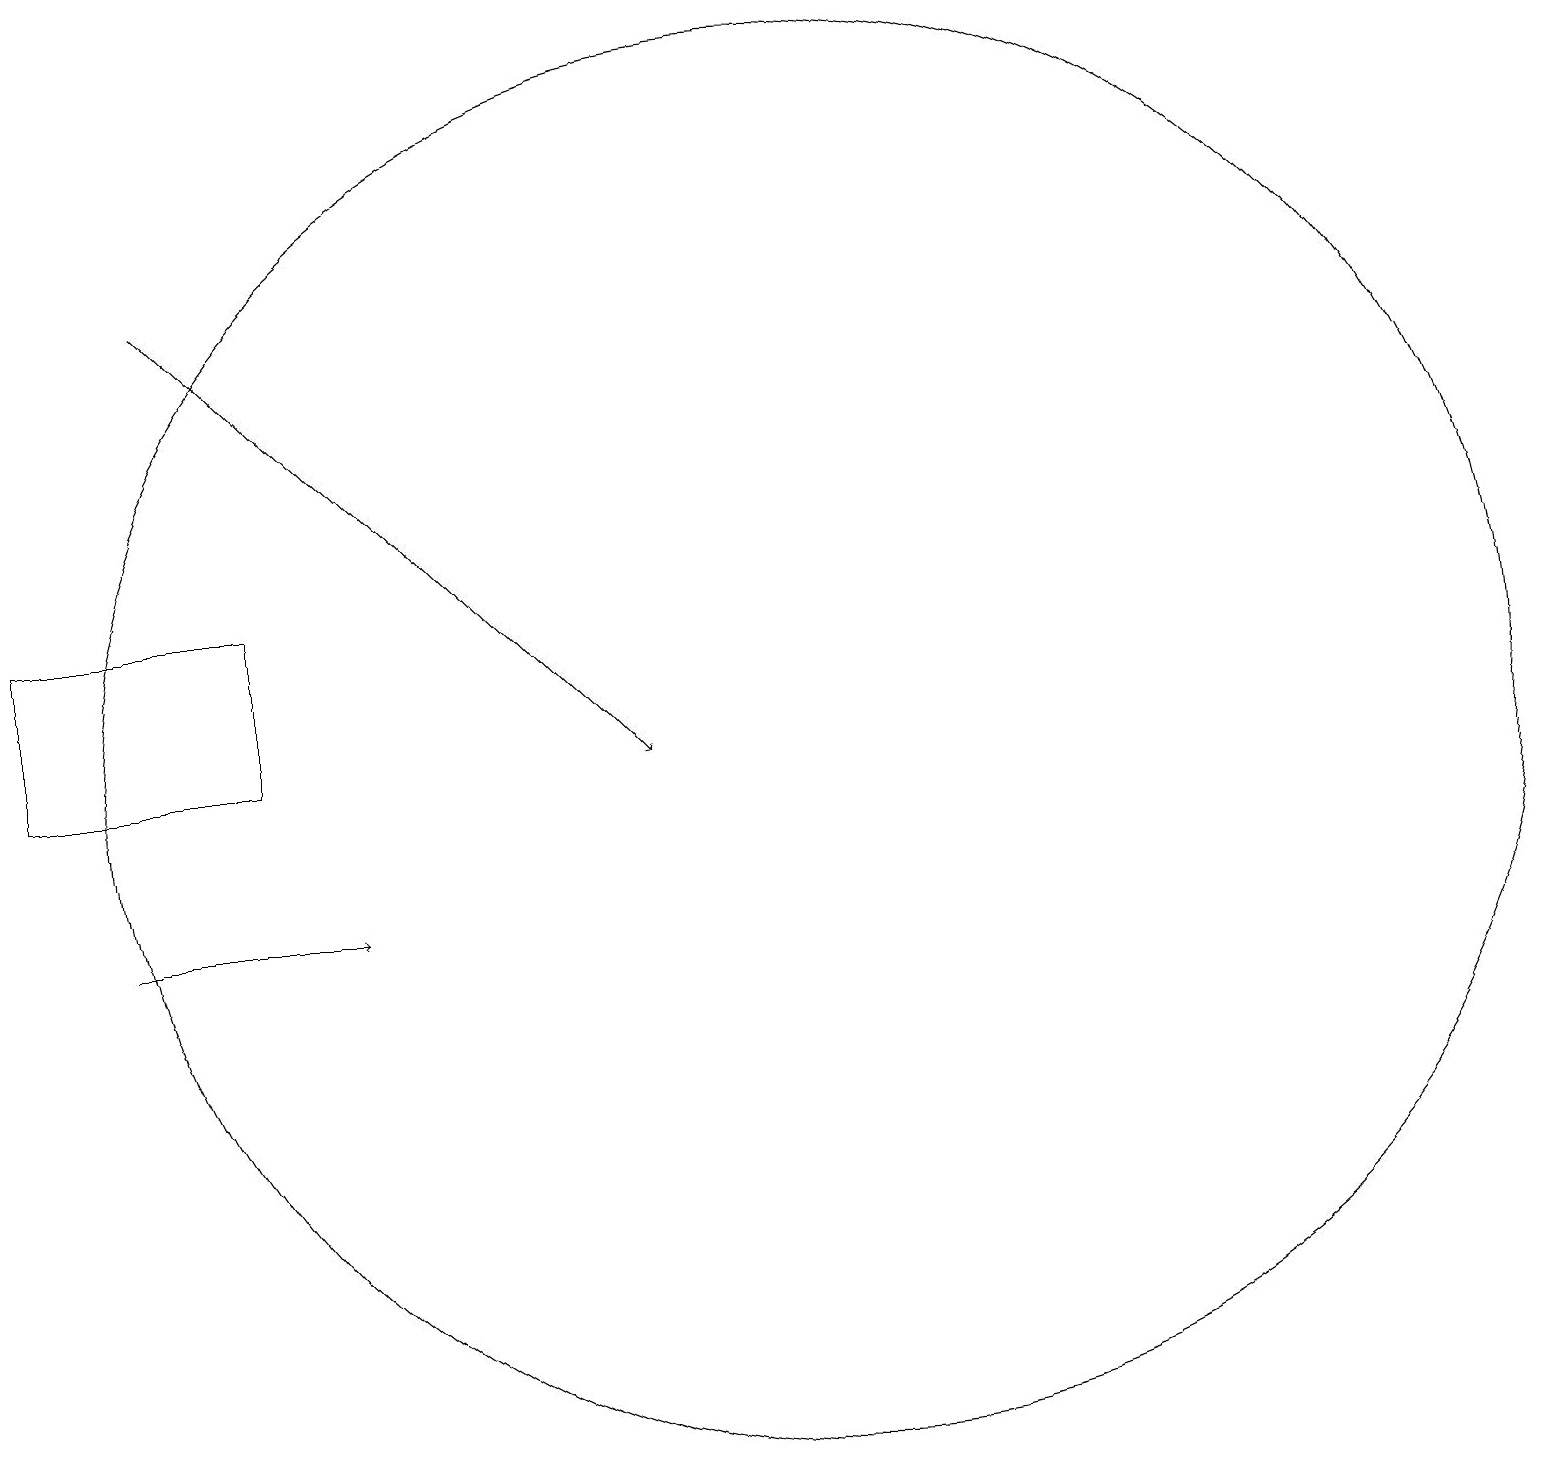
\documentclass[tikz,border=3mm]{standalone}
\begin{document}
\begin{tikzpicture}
\draw[->] (2,10) -- (5,10);
\draw[->] (3,18) -- (9,12);
\draw (11,12) circle (9);
\draw (1,14) rectangle (4,12);
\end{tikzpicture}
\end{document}